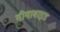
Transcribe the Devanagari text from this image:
गीगाबाइड